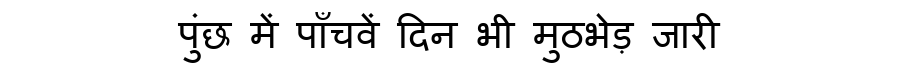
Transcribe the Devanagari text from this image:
पुंछ में पाँचवें दिन भी मुठभेड़ जारी